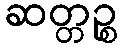
ဆတ္တဉ္စ